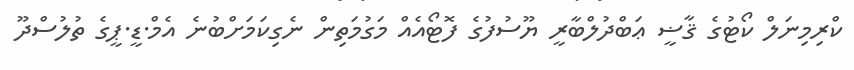
ކްރިމިނަލް ކޯޓުގެ ޤާޟީ ޢަބްދުލްބާރީ ޔޫސުފުގެ ފޮޓޯއެއް މަގުމަތިން ނެގިކަމަށްބުނެ އެމް.ޑީ.ޕީގެ ތުލުސްދޫ